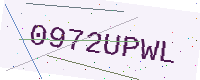
Text: 0972UPWL